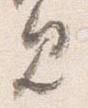
見